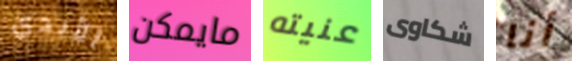
الأبدي مايمكن عنيته شكاوى أنا